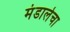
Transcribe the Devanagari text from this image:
मंडालेचा